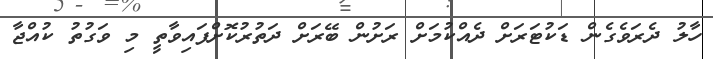
ހާލު ދެރަވެގެން ޑަކުޓަރަށް ދެއްކުމަށް ރަށުން ބޭރަށް ދަތުރުކޮށްފައިވާތީ މި ވަގުތު ކުއްޖާ